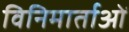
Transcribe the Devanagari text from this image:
विनिमार्ताओं